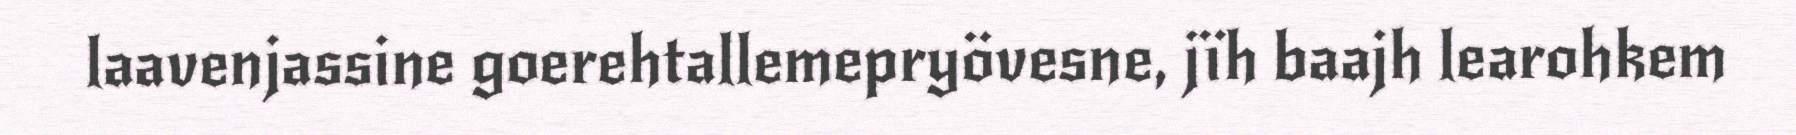
laavenjassine goerehtallemepryövesne, jïh baajh learohkem